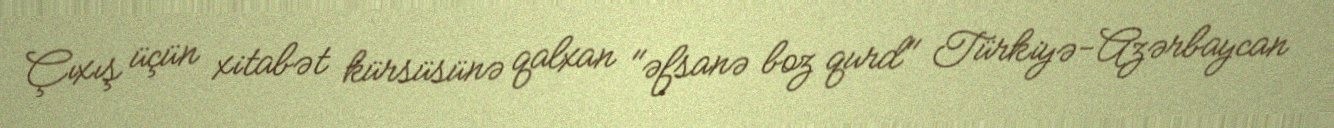
Çıxış üçün xitabət kürsüsünə qalxan "əfsanə boz qurd" Türkiyə-Azərbaycan